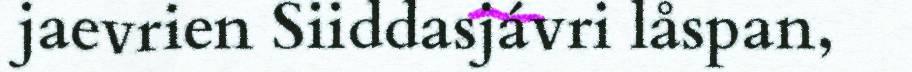
jaevrien Siiddasjávri låspan,